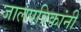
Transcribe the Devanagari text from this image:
जालपत्रिकांनी